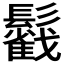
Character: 𩯰